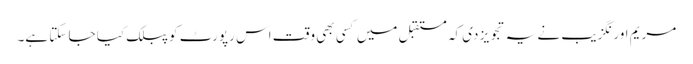
مریم اورنگزیب نے یہ تجویز دی کہ مستقبل میں کسی بھی وقت اس رپورٹ کو پبلک کیا جا سکتا ہے۔